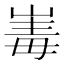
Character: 𭖪